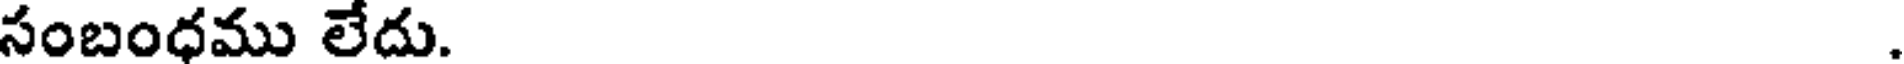
సంబంధము లేదు. .